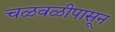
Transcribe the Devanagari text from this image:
चळवळीपासून